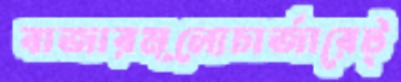
বাজারমূল্যেচার্জারেট্